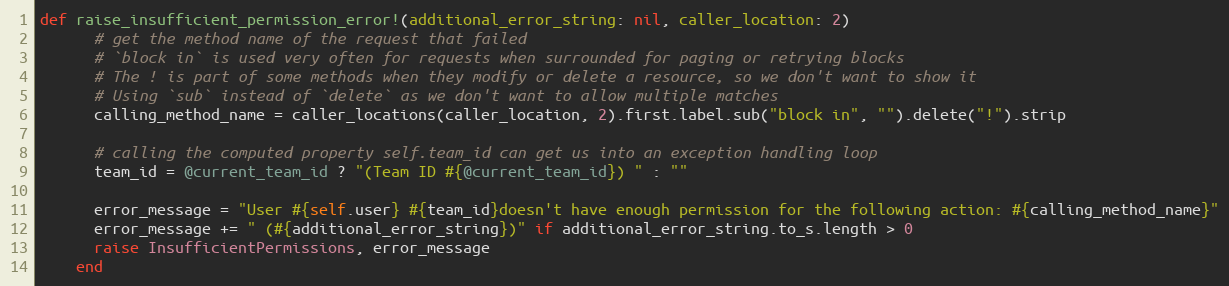
Language: Ruby
def raise_insufficient_permission_error!(additional_error_string: nil, caller_location: 2)
      # get the method name of the request that failed
      # `block in` is used very often for requests when surrounded for paging or retrying blocks
      # The ! is part of some methods when they modify or delete a resource, so we don't want to show it
      # Using `sub` instead of `delete` as we don't want to allow multiple matches
      calling_method_name = caller_locations(caller_location, 2).first.label.sub("block in", "").delete("!").strip

      # calling the computed property self.team_id can get us into an exception handling loop
      team_id = @current_team_id ? "(Team ID #{@current_team_id}) " : ""

      error_message = "User #{self.user} #{team_id}doesn't have enough permission for the following action: #{calling_method_name}"
      error_message += " (#{additional_error_string})" if additional_error_string.to_s.length > 0
      raise InsufficientPermissions, error_message
    end